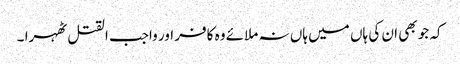
کہ جو بھی ان کی ہاں میں ہاں نہ ملائے وہ کافر اور واجب القتل ٹھہرا ۔